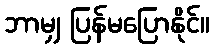
ဘာမျှ ပြန်မပြောနိုင်။